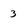
Character: 3